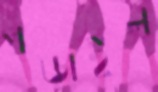
পড়াইল